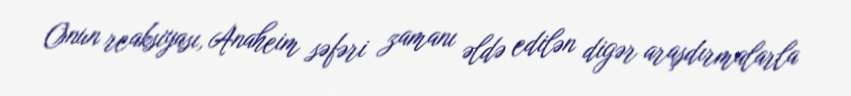
Onun reaksiyası, Anaheim səfəri zamanı əldə edilən digər araşdırmalarla